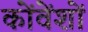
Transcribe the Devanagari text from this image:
कोंवेंशों